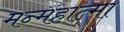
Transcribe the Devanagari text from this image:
मन्महात्मा